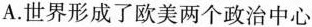
A.世界形成了欧美两个政治中心